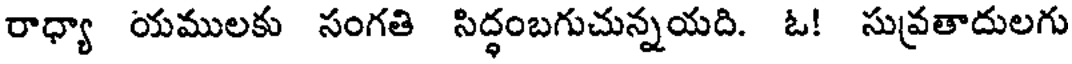
రాధ్యా యములకు సంగతి సిద్ధంబగుచున్నయది. ఓ! సువ్రతాదులగు